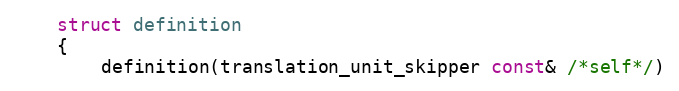
Language: C
    struct definition
    {
        definition(translation_unit_skipper const& /*self*/)